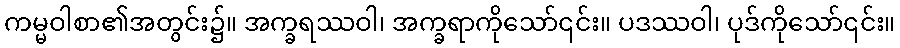
ကမ္မဝါစာ၏အတွင်း၌။ အက္ခရဿဝါ၊ အက္ခရာကိုသော်၎င်း။ ပဒဿဝါ၊ ပုဒ်ကိုသော်၎င်း။